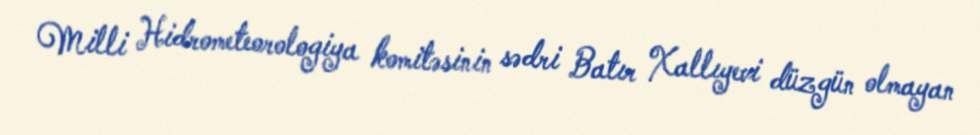
Milli Hidrometeorologiya komitəsinin sədri Batır Xallıyevi düzgün olmayan